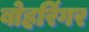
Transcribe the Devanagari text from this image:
बोहरिंगर